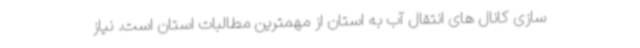
سازی کانال های انتقال آب به استان از مهمترین مطالبات استان است. نیاز